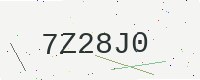
Text: 7Z28J0